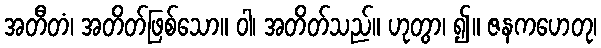
အတီတံ၊ အတိတ်ဖြစ်သော။ ဝါ၊ အတိတ်သည်။ ဟုတွာ၊ ၍။ ဇနကဟေတု၊